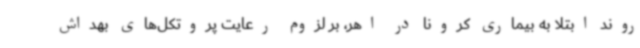
روند ابتلا به بیماری کرونا در اهر، بر لزوم رعایت پروتکل‌های بهداش